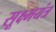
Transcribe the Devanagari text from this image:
सूक्ष्मयंत्र